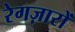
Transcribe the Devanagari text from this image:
रेगज़ारों